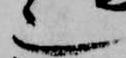
也